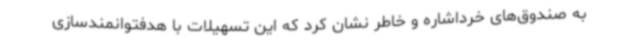
به صندوق‌های خرداشاره و خاطر نشان کرد که این تسهیلات با هدفتوانمندسازی